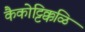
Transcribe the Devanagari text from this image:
कैकोट्टिक्कळि